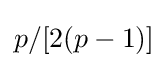
p/[2(p-1)]